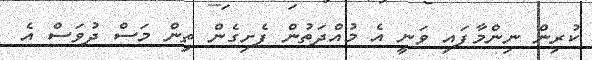
ކުރިން ނިންމާފައި ވަނީ އެ މުއްދަތުން ފެށިގެން ތިން މަސް ދުވަސް އެ